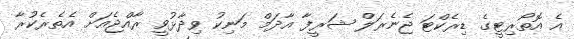
އެ އޮތޯރިޓީގެ ޑިރެކްޓަ ޖެނެރަލް ޝަރީފާ އާދަމް މަނިކު ވިދާޅުވީ ރާއްޖެއަށް އެތެރެކުރާ